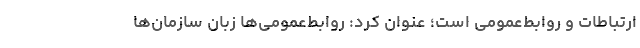
ارتباطات و روابط‌عمومی است؛ عنوان کرد: روابط‌عمومی‌ها زبان سازمان‌ها